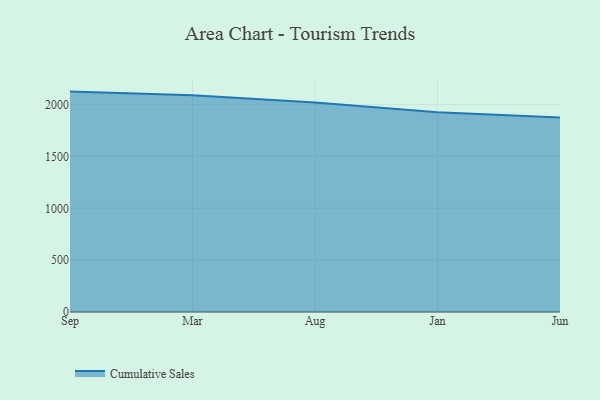
{"axis": {"x": "Month", "y": "Conversion Rate (%)"}, "legend": ["Cumulative Sales"], "data": [{"x": "Sep", "y": 2125.5, "type": "Cumulative Sales"}, {"x": "Mar", "y": 2089.1, "type": "Cumulative Sales"}, {"x": "Aug", "y": 2021.3, "type": "Cumulative Sales"}, {"x": "Jan", "y": 1925.9, "type": "Cumulative Sales"}, {"x": "Jun", "y": 1876.0, "type": "Cumulative Sales"}]}